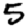
Digit: 5